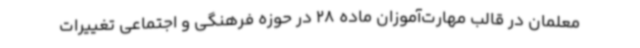
معلمان در قالب مهارت‌آموزان ماده 28 در حوزه فرهنگی و اجتماعی تغییرات